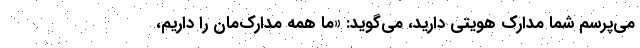
می‌پرسم شما مدارک هویتی دارید، می‌گوید: «ما همه مدارک‌مان را داریم،